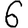
Digit: 6